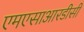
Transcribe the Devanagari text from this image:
एमएसाआरडीसी